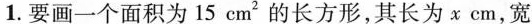
1.要画一个面积为15cm^{ 2 } 的长方形，其长为x cm，宽